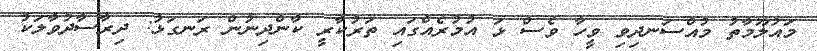
މައުލޫމާތު މުއްސަނދިވި ވީހާ ވެސް ޅަ އުމުރެއްގައި ތަރުކާރީ ކާންދިނުން ރަނގަޅު: ދިރާސާދުވާލަކު